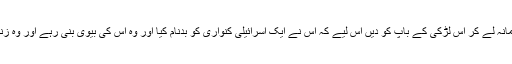
اور اُس سے چاندی کی سو مثقال جرمانہ لے کر اُس لڑکی کے باپ کو دیں اس لیے کہ اُس نے ایک اسرائیلی کنواری کو بدنام کیا اور وہ اُس کی بیوی بنی رہے اور وہ زندگی بھر اُس کو طلاق نہ دینے پائے۔